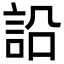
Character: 䛇